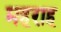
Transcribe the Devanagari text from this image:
महराह